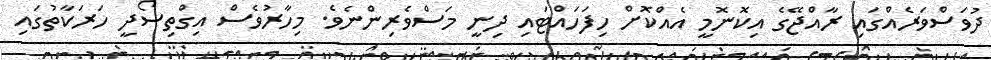
ދުވަސްވަރެއްގައި ރާއްޖޭގެ އިކޮނޮމީ އެއްކޮށް ހިފަހައްޓައި ދިނީ މަސްވެރިންނެވެ. މިހާރުވެސް އިގްތިސޯދީ ހަރަކާތުގައި